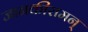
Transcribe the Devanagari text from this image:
जानकीरामन्